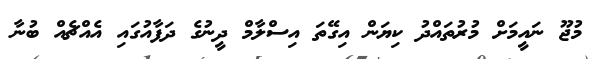
މުޖޫ ނައީމަށް މުރުތައްދު ކިޔަން އިގޭތަ އިސްލާމް ދީނުގެ ދަފާއުގައި އެއްޗެއް ބުނާ